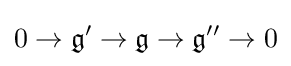
0\to {\mathfrak {g}}'\to {\mathfrak {g}}\to {\mathfrak {g}}''\to 0